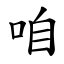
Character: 咱